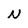
Character: N